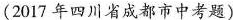
(2017年四川省成都市中考题)